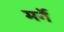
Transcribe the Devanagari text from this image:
मर्ने